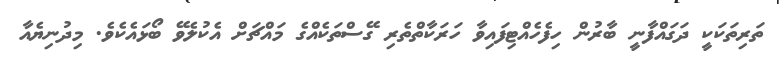
ތަރިތަކަކީ ދަގައްފާނީ ބާރުން ހިފެހެއްޓިފައިވާ ހަރަކާތްތެރި ގޭސްތަކެއްގެ މައްޗަށް އެކުލެވޭ ބޯޅައެކެވެ. މިދުނިޔެއާ